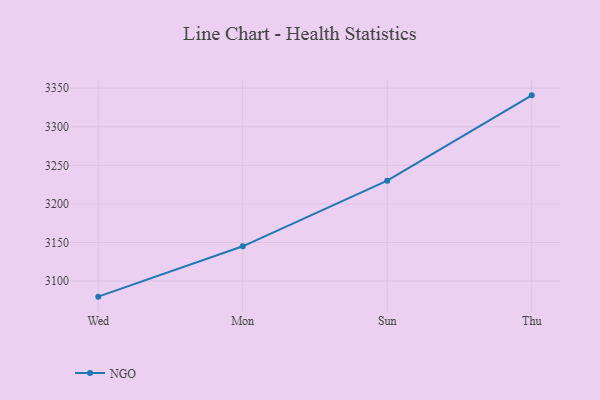
{"axis": {"x": "Day", "y": "Customer Acquisition Cost (USD)"}, "legend": ["NGO"], "data": [{"x": "Wed", "y": 3079.8, "type": "NGO"}, {"x": "Mon", "y": 3145.1, "type": "NGO"}, {"x": "Sun", "y": 3230.1, "type": "NGO"}, {"x": "Thu", "y": 3340.8, "type": "NGO"}]}